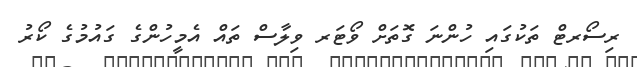
ރިސޯރޓް ތަކުގައި ހުންނަ ގޮތަށް ވޯޓަރ ވިލާސް ތައް އެމީހުންގެ ގައުމުގެ ކޯރު